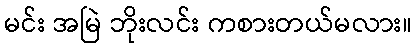
မင်း အမြဲ ဘိုးလင်း ကစားတယ်မလား။